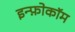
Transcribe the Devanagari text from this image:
इन्फ़ोकॉम